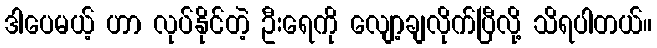
ဒါပေမယ့် ဟာ လုပ်နိုင်တဲ့ ဦးရေကို လျော့ချလိုက်ပြီလို့ သိရပါတယ်။